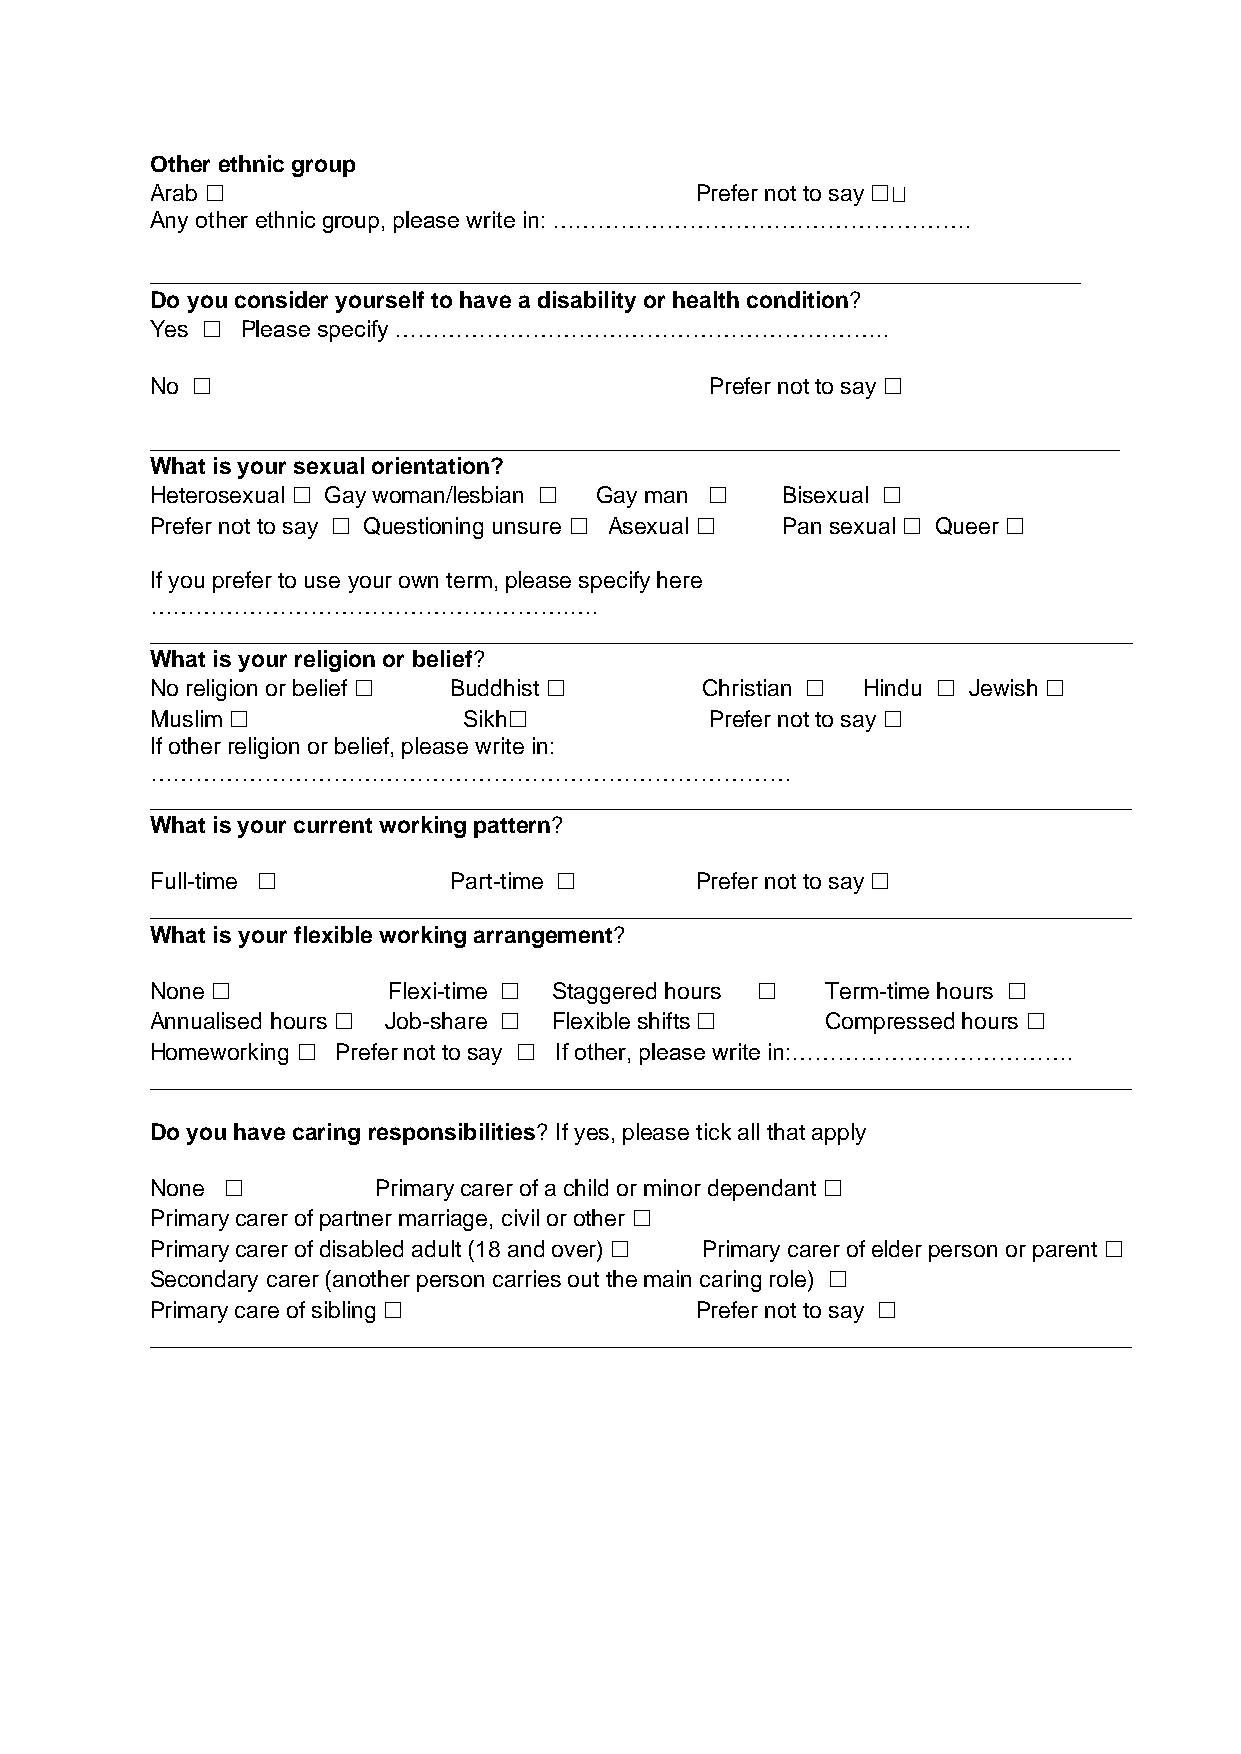
Other ethnic group
 Arab ☐                              Prefer not to say ☐
 Any other ethnic group, please write in: ……………………………………………….
 _________________________________________________________________________
 Do you consider yourself to have a disability or health condition?
 Yes ☐ Please specify ………………………………………………………..
 No ☐                                 Prefer not to say ☐
 ____________________________________________________________________________
 What is your sexual orientation?
 Heterosexual ☐ Gay woman/lesbian ☐ Gay man ☐ Bisexual ☐
 Prefer not to say ☐ Questioning unsure ☐ Asexual ☐ Pan sexual ☐ Queer ☐
 If you prefer to use your own term, please specify here
 ……………………………………………….….
 _____________________________________________________________________________
 What is your religion or belief?
 No religion or belief ☐ Buddhist ☐  Christian ☐ Hindu ☐ Jewish ☐
 Muslim ☐             Sikh☐           Prefer not to say ☐
 If other religion or belief, please write in:
 …………………………………………………………………………
 _____________________________________________________________________________
 What is your current working pattern?
 Full-time ☐         Part-time ☐     Prefer not to say ☐
 _____________________________________________________________________________
 What is your flexible working arrangement?
 None ☐          Flexi-time ☐ Staggered hours ☐ Term-time hours ☐
 Annualised hours ☐ Job-share ☐ Flexible shifts ☐ Compressed hours ☐
 Homeworking ☐ Prefer not to say ☐ If other, please write in:……………………………….
 _____________________________________________________________________________
 Do you have caring responsibilities? If yes, please tick all that apply
 None ☐         Primary carer of a child or minor dependant ☐
 Primary carer of partner marriage, civil or other ☐
 Primary carer of disabled adult (18 and over) ☐ Primary carer of elder person or parent ☐
 Secondary carer (another person carries out the main caring role) ☐
 Primary care of sibling ☐           Prefer not to say ☐
 _____________________________________________________________________________